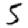
Digit: 5